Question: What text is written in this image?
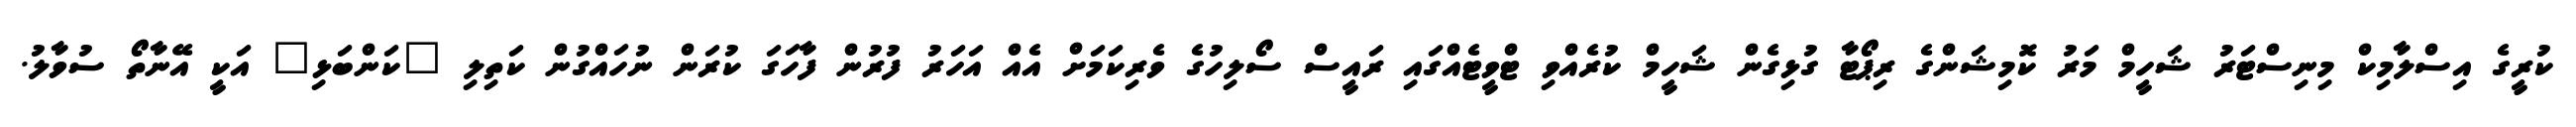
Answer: ކުރީގެ އިސްލާމިކް މިނިސްޓަރު ޝަހީމް މަރު ކޮމިޝަންގެ ރިޕޯޓާ ގުޅިގެން ޝަހީމް ކުރެއްވި ޓްވީޓެއްގައި ރައީސް ސޯލިހުގެ ވެރިކަމަށް އެއް އަހަރު ފުރުން ފާހަގަ ކުރަން ނުހައްގުން ކަތިލި "ކަންބަޅި" އަކީ އޭނާތޯ ސުވާލު.